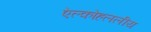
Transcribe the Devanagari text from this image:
ऐल्कोहललीय